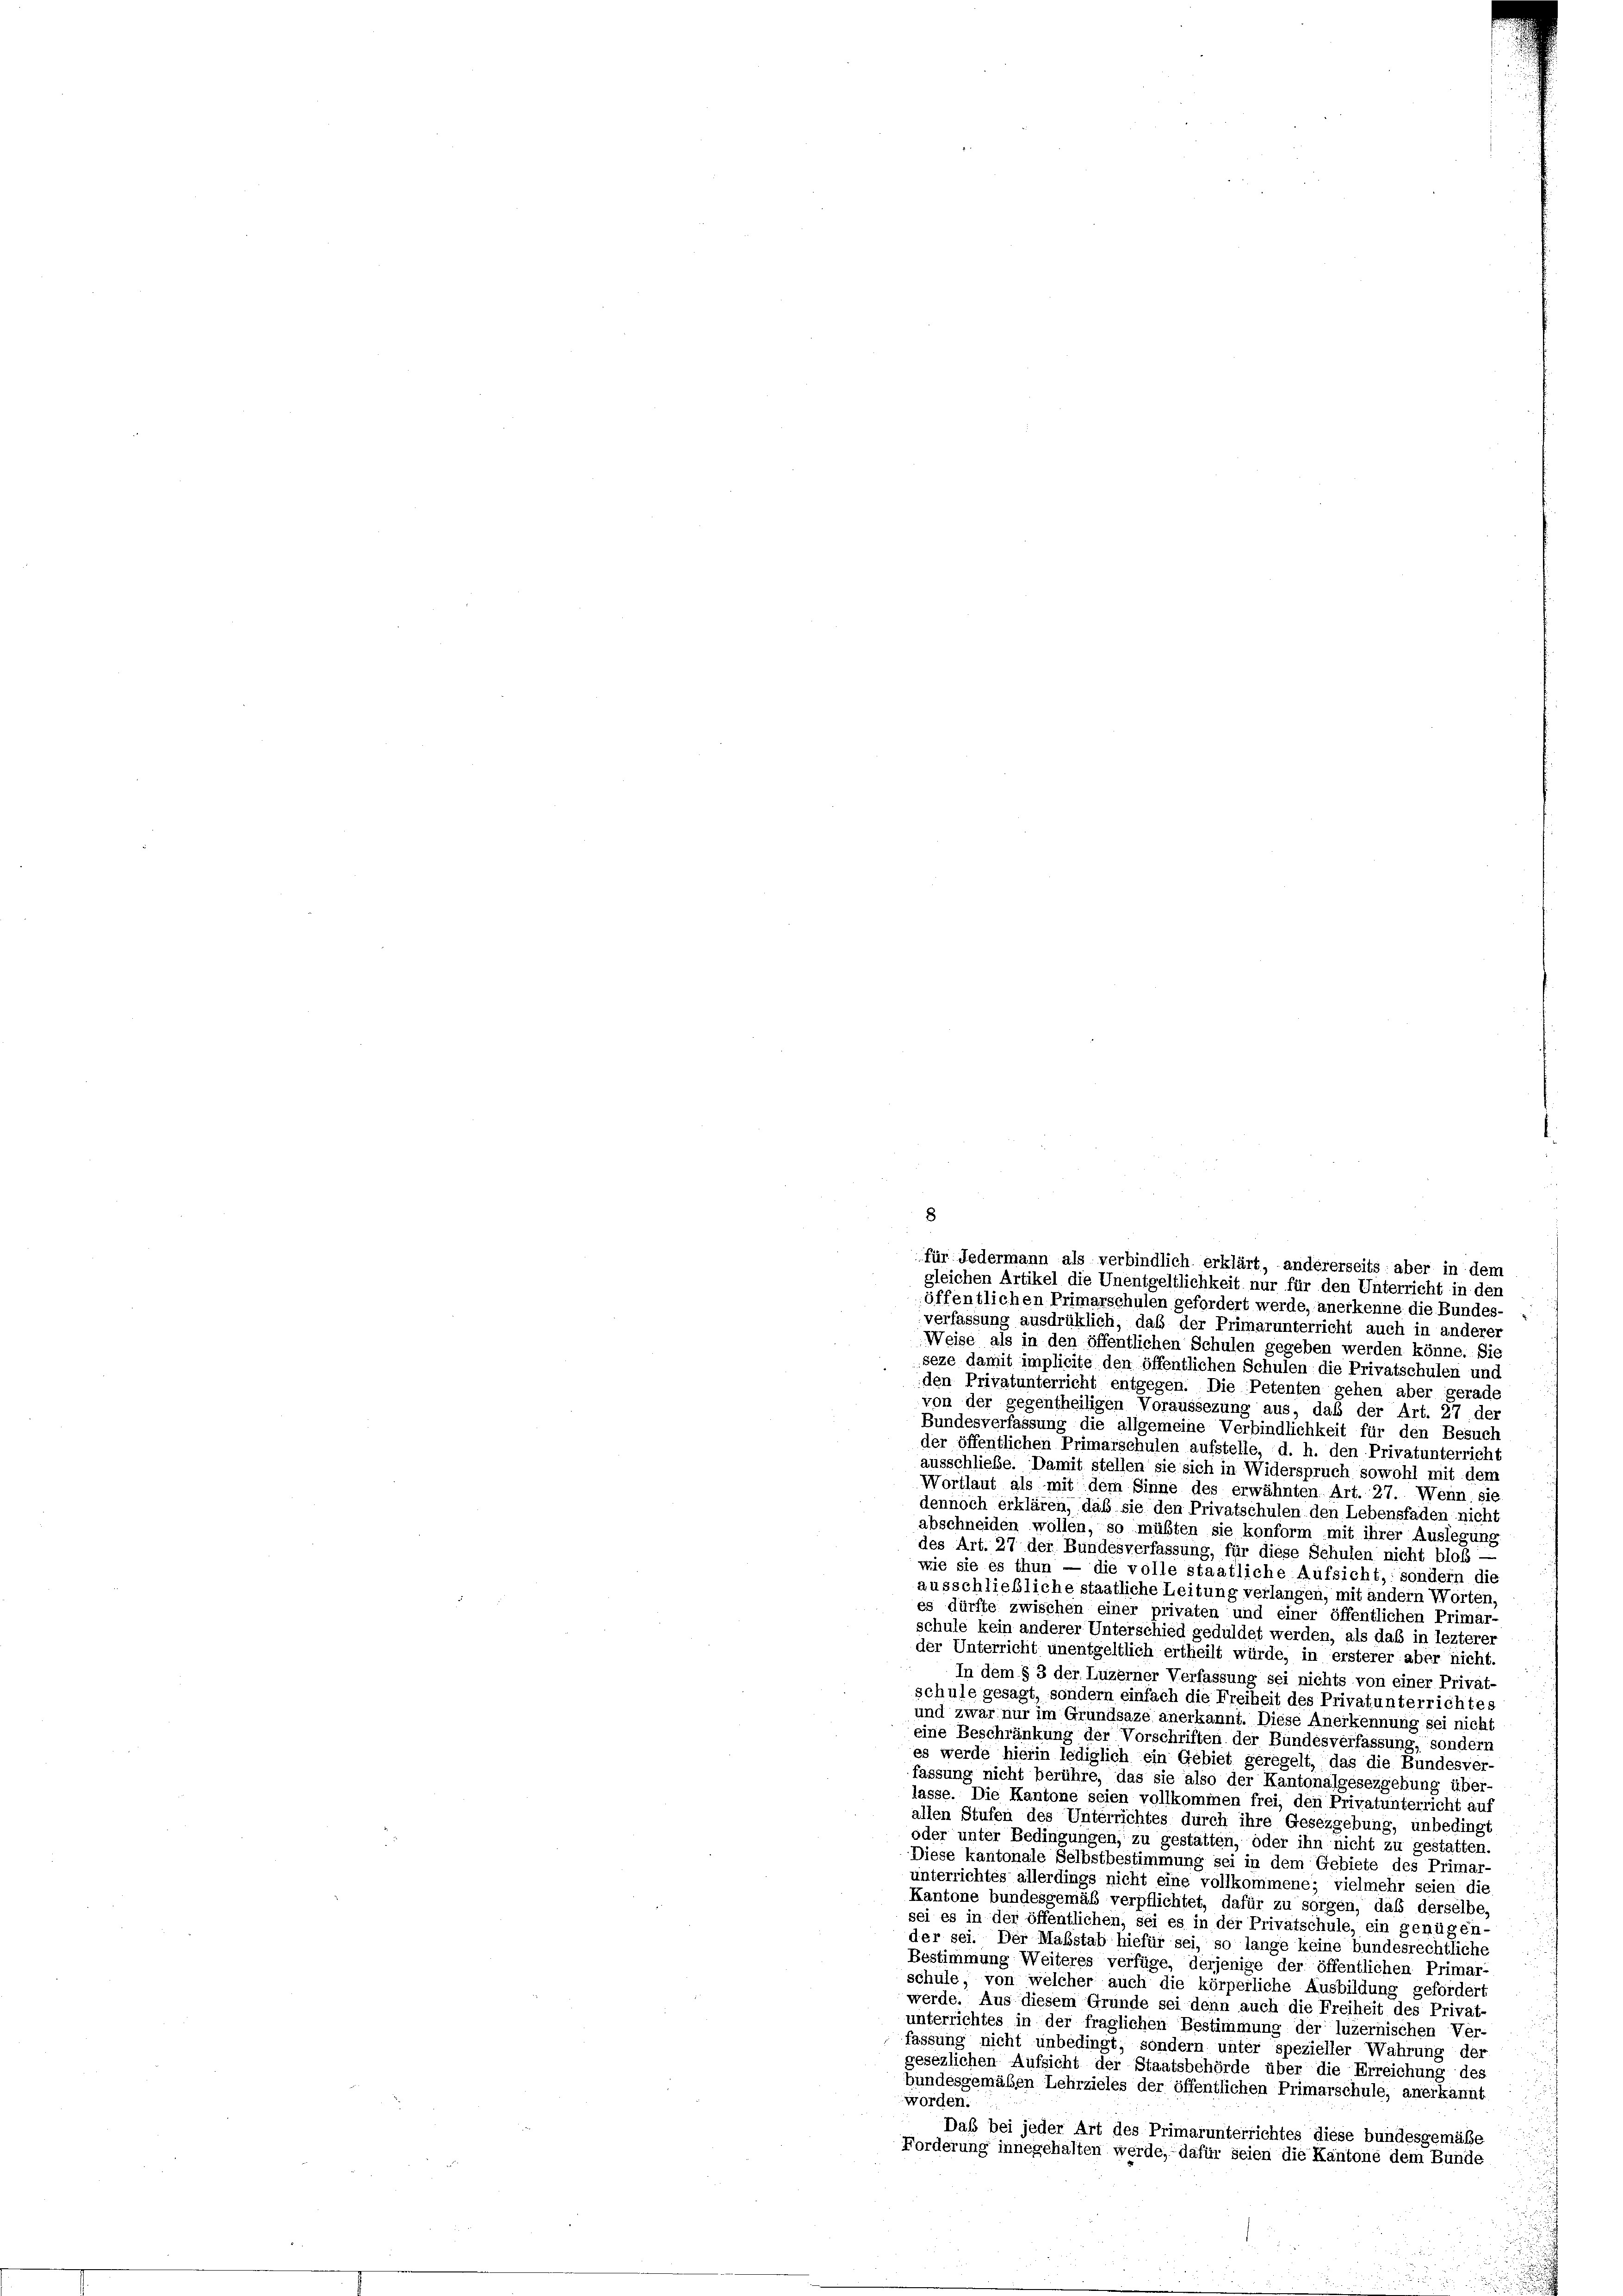
für Jedermann als verbindlich erklärt, andererseits aber in dem
gleichen Artikel die Unentgeltlichkeit nur für den Unterricht in den
öffentlichen Primarschulen gefordert werde, anerkenne die Bundes-
verfassung ausdrüklich, daß der Primarunterricht auch in anderer
Weise als in den öffentlichen Schulen gegeben werden könne. Sie
seze damit implicite den öffentlichen Schulen die Privatschulen und
den Privatunterricht entgegen. Die Petenten gehen aber gerade
von der gegentheiligen Voraussezung aus, daß der Art. 27, der
Bundesverfassung die allgemeine Verbindlichkeit für den Besuch
der öffentlichen Primarschulen aufstelle, d. h. den Privatunterricht
ausschließe. Damit stellen sie sich in Widerspruch sowohl mit dem
Wortlaut als mit dem Sinne des erwähnten Art. 27. Wenn sie
dennoch erklären, daß sie den Privatschulen den Lebensfaden nicht
abschneiden wollen, so müßten sie konform mit ihrer Auslegung
des Art. 27 der Bundesverfassung, für diese Schulen nicht bloß —
wie sie es thun — die volle staatliche Aufsicht, sondern die
ausschließliche staatliche Leitung verlangen, mit andern Worten,
es dürfte zwischen einer privaten und einer öffentlichen Primar-
schule kein anderer Unterschied geduldet werden, als das in lezterer
der Unterricht unentgeltlich ertheilt würde, in ersterer aber nicht
In dem § 3 der Luzerner Verfassung sei nichts von einer Privat-
schule gesagt, sondern einfach die Freiheit des Privatunterrichtes
und zwar nur im Grundsaze anerkannt. Diese Anerkennung sei nicht
eine Beschränkung der Vorschriften der Bundesverfassung, sondern
es werde hierin lediglich ein Gebiet geregelt, das die Bundesver-
fassung nicht berühre, das sie also der Kantonalgesezgebung über-
lasse. Die Kantone seien vollkommen frei, den Privatunterricht au
allen Stufen des Unterrichtes durch ihre Gesezgebung, unbedingt
oder unter Bedingungen, zu gestatten, oder ihn nicht zu gestatten.
Diese kantonale Selbstbestimmung sei in dem Gebiete des Primar-
unterrichtes allerdings nicht eine vollkommene; vielmehr seien die
Kantone bundesgemäß verpflichtet, dafür zu sorgen, daß derselbe,
sei es in der öffentlichen, sei es in der Privatschule, ein genügen-
der sei. Der Maßstab hiefür sei, so lange keine bundesrechtliche
Bestimmung Weiteres verfüge, derjenige der öffentlichen Primar-
schule, von welcher auch die körperliche Ausbildung gefordert
werde. Aus diesem Grunde sei denn auch die Freiheit des Privat
unterrichtes in der fraglichen Bestimmung der luzernischen Ver
fassung nicht unbedingt, sondern unter spezieller Wahrung der
gesezlichen Aufsicht der Staatsbehörde über die Erreichung des
bundesgemäßen Lehrzieles der öffentlichen Primarschule, anerkannt
worden.
Daß bei jeder Art des Primarunterrichtes diese bundesgemäße
Forderung innegehalten werde, dafür seien die Kantone dem Bunde